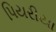
પિયરીયા